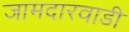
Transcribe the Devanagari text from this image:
जामदारवाडी